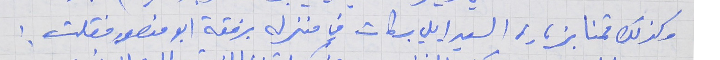
وكذلك قمنا بزيارة السيد ايلي بركات في منزله برفقة ابو منصور فقلت :